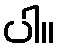
ပါ။